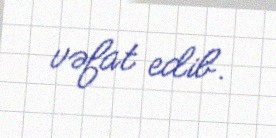
vəfat edib.